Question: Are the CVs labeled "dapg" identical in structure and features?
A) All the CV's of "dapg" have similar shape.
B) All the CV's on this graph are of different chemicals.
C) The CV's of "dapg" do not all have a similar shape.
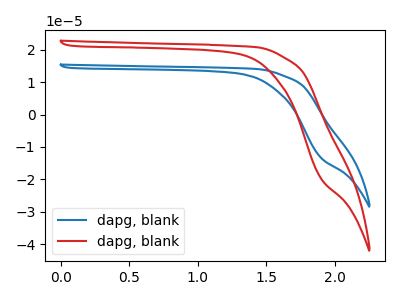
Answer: <think>The blue curve "dapg, blank1" has no peaks. The red curve "dapg, blank2" has no peaks.
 Neither "dapg, blank1" or "dapg, blank2" have any peaks.</think>
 <answer>A) All the CV's of "dapg" have similar shape.</answer>
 <eval>A</eval>